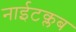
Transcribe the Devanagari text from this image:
नाईटक्लब